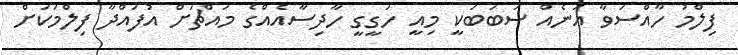
ފިލްމު ހާއްސަވާ އަނެއް ސަބަބަކީ މިއީ ހަގީގީ ހާދިސާއެއްގެ މައްޗަށް އުފައްދާ ފިލްމަކަށް